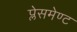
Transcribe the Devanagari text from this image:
प्लेसमेण्ट